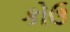
કોઉ